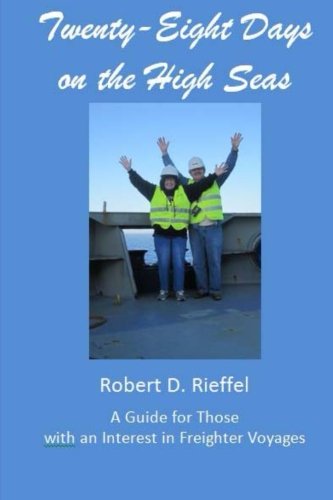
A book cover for Twenty-Eight Days on the High Seas: A Freighter Travel Log; Robert D. Rieffel; Travel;